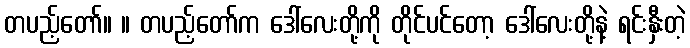
တပည့်တော်။ ။ တပည့်တော်က ဒေါ်လေးတို့ကို တိုင်ပင်တော့ ဒေါ်လေးတို့နဲ့ ရင်းနှီးတဲ့